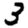
Digit: 3